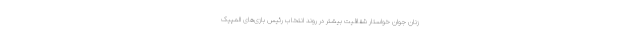
زنان جوان خواستار شفافیت بیشتر در روند انتخاب رئیس بازی‌های المپیک